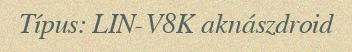
Típus: LIN-V8K aknászdroid